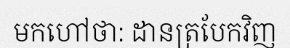
មកហៅថា: ដានត្របែកវិញ